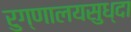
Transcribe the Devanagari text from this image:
रुग्णालयसुध्दा